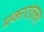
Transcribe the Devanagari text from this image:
प्रकारांतल्या